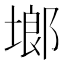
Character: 鿾